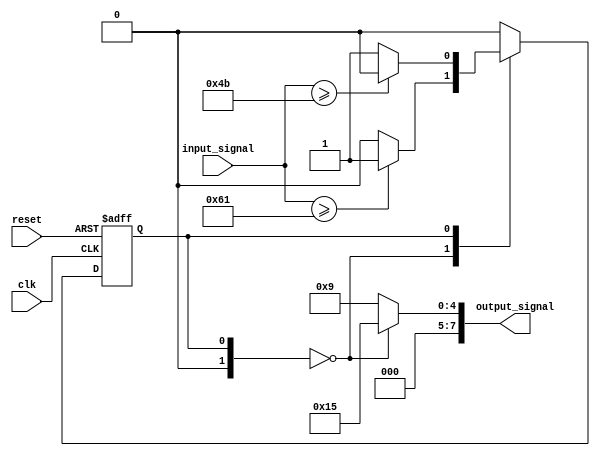

`define Goodstate 2'b00
`define Badstate 2'b01

module StateMachine (
  input wire clk,
  input wire reset,
  input wire [6:0] input_signal,
  output reg [7:0] output_signal
);

  // Define the state register and initialize it to Goodstate
  reg [1:0] currentState;
  reg [1:0] nextState;
  initial currentState = `Goodstate;

  // Define the output values for each state
  always @ (*)
    case (currentState)
      `Goodstate: output_signal = 8'd21; // Output value for Goodstate is 21
      `Badstate: output_signal = 8'd9; // Output value for Badstate is 9
      default: output_signal = 8'd9;
    endcase

  // Define the next state logic
  always @ (*)
    case (currentState)
      `Goodstate:
        // Transition based on inputSignal
        if (input_signal >= 8'd97) begin
          nextState = `Badstate;
        end 
        else begin
          nextState = `Goodstate;
        end

      `Badstate:
        // Transition based on inputSignal
        if (input_signal >= 8'd75) begin
          nextState = `Goodstate;
        end
        else begin
          nextState = `Badstate;
        end

      default: 
        nextState = `Goodstate;
    endcase

  always @ (posedge clk or posedge reset)
    if (reset)
      currentState <= `Goodstate; // Reset the state to Goodstate
    else begin
      currentState <= nextState; 
    end

endmodule